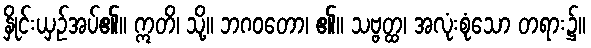
နှိုင်းယှဉ်အပ်၏။ ဣတိ၊ သို့။ ဘဂဝတော၊ ၏။ သဗ္ဗတ္ထ၊ အလုံးစုံသော တရား၌။